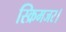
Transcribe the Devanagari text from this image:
स्क्रिमजर।